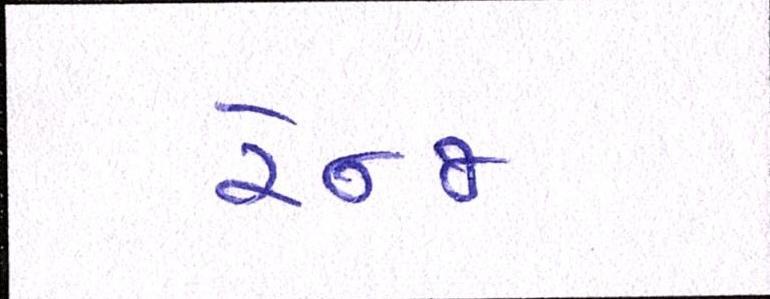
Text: રેન્જ